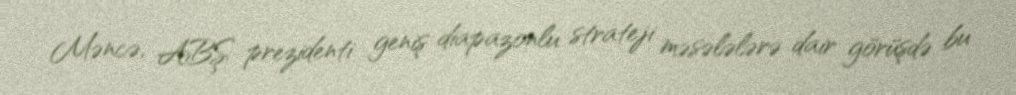
Məncə, ABŞ prezidenti geniş diapazonlu strateji məsələlərə dair görüşdə bu